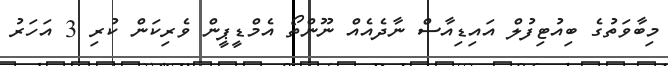
މިބާވަތުގެ ބިއުޓިފުލް އައިޑިއާސް ނާދެއެއް ނޫންތޯ އެމްޑީޕީން ވެރިކަން ކުރި 3 އަހަރު